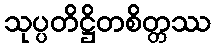
သုပ္ပတိဋ္ဌိတစိတ္တဿ